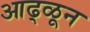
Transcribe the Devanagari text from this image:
आढ्ळून